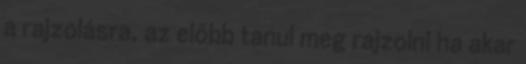
a rajzolásra, az előbb tanul meg rajzolni ha akar